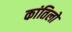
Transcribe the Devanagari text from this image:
कांतिलो